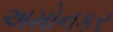
અમોનકર